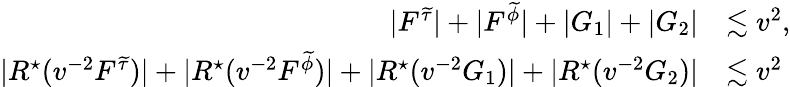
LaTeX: \begin{array}{rl}{|F^{{\widetilde{\tau}}}|+|F^{{\widetilde{\phi}}}|+|G_{1}|+|G_{2}|}&{\lesssim v^{2},}\\ {|R^{\star}(v^{-2}F^{{\widetilde{\tau}}})|+|R^{\star}(v^{-2}F^{{\widetilde{\phi}}})|+|R^{\star}(v^{-2}G_{1})|+|R^{\star}(v^{-2}G_{2})|}&{\lesssim v^{2}}\end{array}